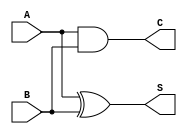
module halfAdder(
  // after 'module' keyword we have name of our module and and ports list. 
  input wire A, // A - it's first input
  input wire B, // B - it's second input
  output wire C, // C like carry
  output wire S // S like sum
);
  
  // It's first way to create half adder, it's the lowest way in verilog, using gates.
  xor(S, A, B); // xor(output, input1, input2)
  and(C, A, B); // and(output, input1, input2)
  
  assign S = A ^ B; // bitwise xor
  assign C = A & B; // bitwise and
  
endmodule

/*
he truth table for mux looks like:
| A | B | C | S |
-----------------
| 0 | 0 | 0 | 0 |
| 0 | 1 | 0 | 1 |
| 1 | 0 | 0 | 1 |
| 1 | 1 | 1 | 0 |
*/